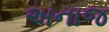
અનાજ